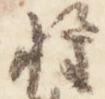
権